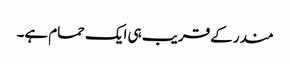
مندر کے قریب ہی ایک حمام ہے۔